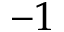
- 1